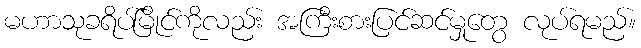
မဟာသုခရိပ်မြိုင်ကိုလည်း အကြီးစားပြင်ဆင်မှုတွေ လုပ်ရမည်။